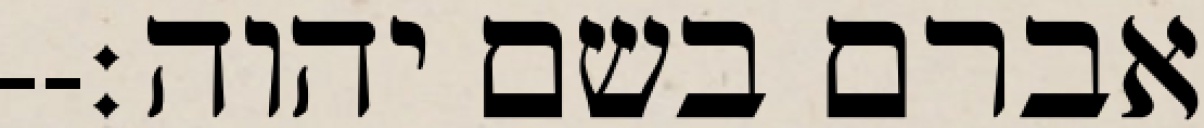
אברם בשם יהוה׃--